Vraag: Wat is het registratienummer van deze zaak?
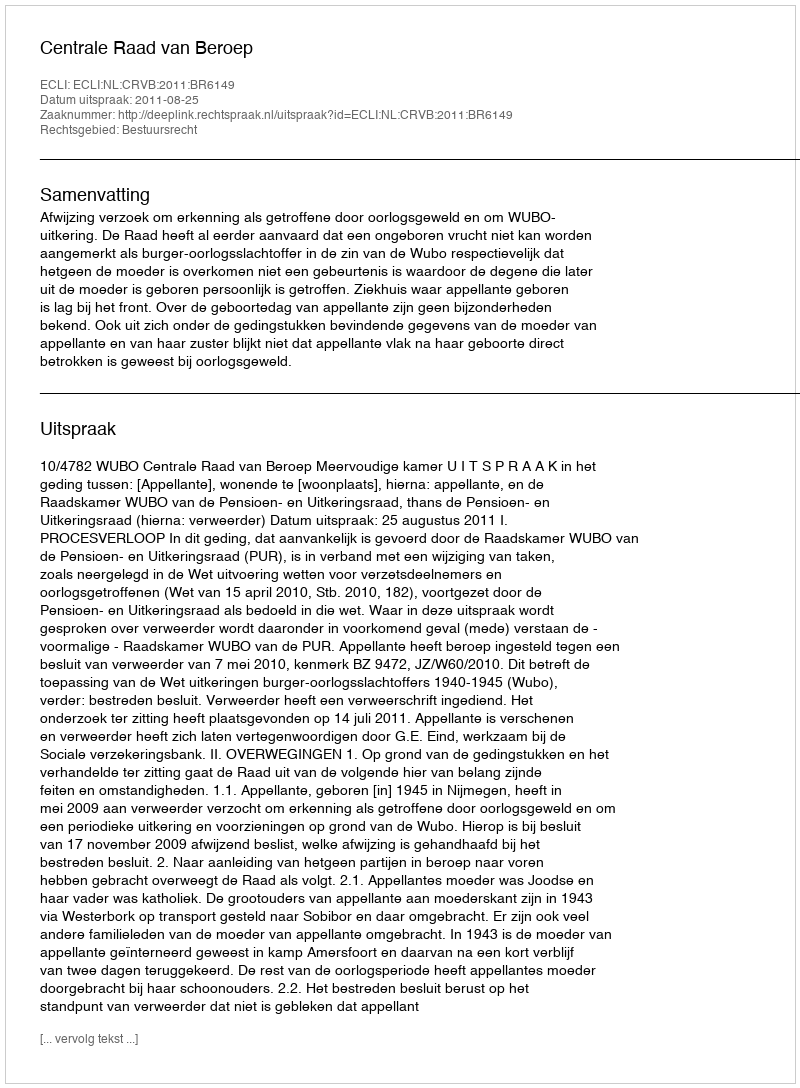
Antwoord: http://deeplink.rechtspraak.nl/uitspraak?id=ECLI:NL:CRVB:2011:BR6149